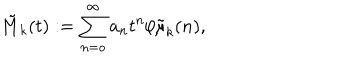
LaTeX: \tilde { M } _ { k } ( t ) : = \sum _ { n = o } ^ { \infty } a _ { n } t ^ { n } / \tilde { \mu } _ { k } ( n ) ,